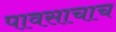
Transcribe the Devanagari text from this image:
पावसाचाच